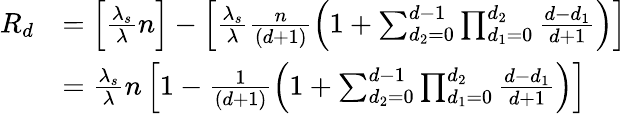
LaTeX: \begin{array}{rl}{R_{d}}&{=\left[\frac{\lambda_{s}}{\lambda}n\right]-\left[\frac{\lambda_{s}}{\lambda}\frac{n}{(d+1)}\left(1+\sum_{d_{2}=0}^{d-1}\prod_{d_{1}=0}^{d_{2}}\frac{d-d_{1}}{d+1}\right)\right]}\\ &{=\frac{\lambda_{s}}{\lambda}n\left[1-\frac{1}{(d+1)}\left(1+\sum_{d_{2}=0}^{d-1}\prod_{d_{1}=0}^{d_{2}}\frac{d-d_{1}}{d+1}\right)\right]}\end{array}